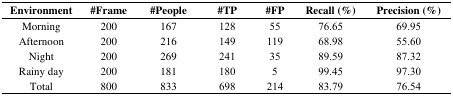
| Environment | #Frame | #People | #TP | #FP | Recall (%) | Precision (%) |
 | --- | --- | --- | --- | --- | --- | --- |
 | Morning | 200 | 167 | 128 | 55 | 76.65 | 69.95 |
 | Afternoon | 200 | 216 | 149 | 119 | 68.98 | 55.60 |
 | Night | 200 | 269 | 241 | 35 | 89.59 | 87.32 |
 | Rainy day | 200 | 181 | 180 | 5 | 99.45 | 97.30 |
 | Total | 800 | 833 | 698 | 214 | 83.79 | 76.54 |